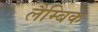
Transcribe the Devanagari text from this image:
लैम्बिक